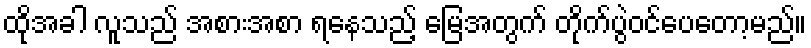
ထိုအခါ လူသည် အစားအစာ ရနေသည့် မြေအတွက် တိုက်ပွဲဝင်ပေတော့မည်။